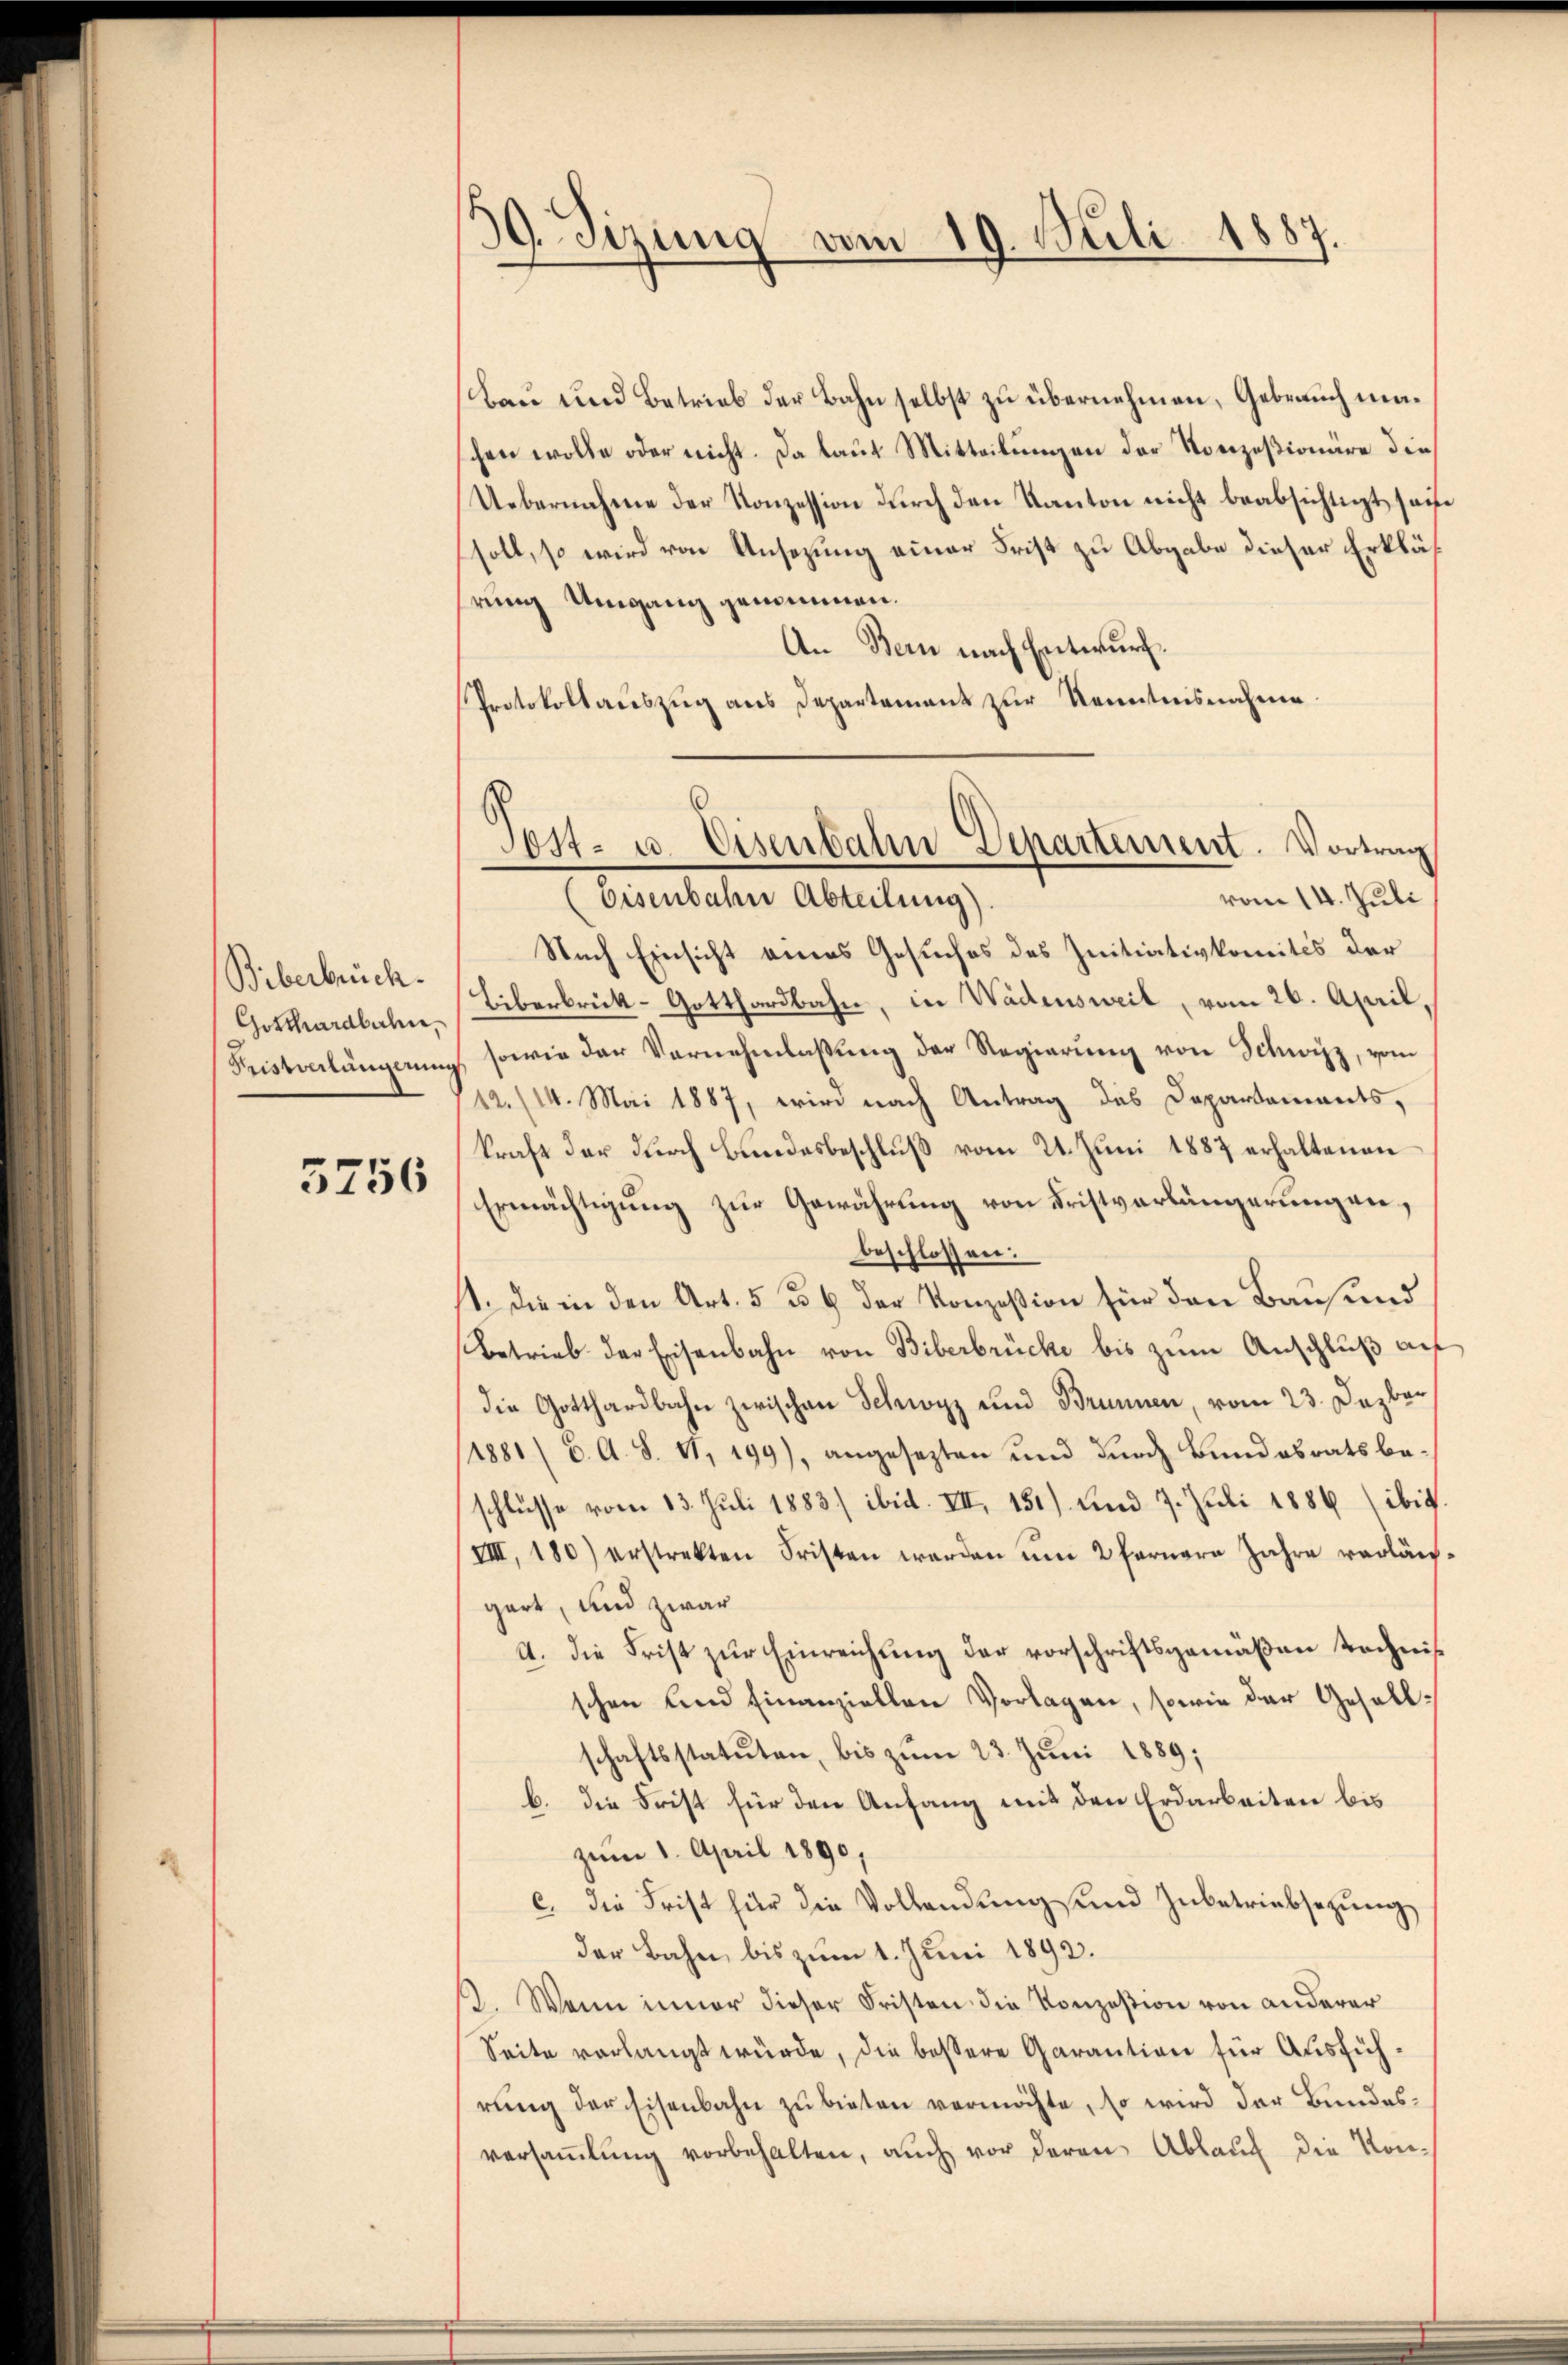
Biberbrück.
Gotthardbahn,
Pristverlängerung

3756

39. Sizung vom 19. Juli 1887.

Bau und Betrieb der Bahn selbst zu übernehmen, Gebrauch maschen wolle oder nicht. Da laut Mitteilungen der Konzesionäre die
Uebernahme der Konzession durch den Kanton nicht beabsichtigt sei
soll, so wird von Ansezung einer Frist zu Abgabe dieser Erklärung Umgang genommen.
An Bern nach Entwurf.
Protokollauszug aus Departement zur Kenntnisnahme
Nach Einsicht eines Gesuches des Initiativkomités der
Liberbrück-Gotthardbahn, in Wädensweil, vom 26. April,
sowie der Vernehmlassŭng der Regierung von Schwizz, vom
112. (14. Mai 1887, wird nach Antrag des Departements,
kraft der durch Bundesbeschluß vom 21. Juni 1887 erhaltenen
Ermächtigung zur Gewährung von Fristverlängerungen,
beschlossen:
1. die in den Art. 5 § 6 der Konzession für den Bausund
Betrieb der Eisenbahn von Biberbrücke bis zum Anschluß auf
die Gotthardbahn zwischen Schwyz und Brunnen, vom 23. Dezber
1881/ 6. A. S. 11, 199), angesezten und durch Bundesrats beschlüsse vom 13. Juli 1883/ ibril. VII, 151) und 7. Juli 1886 (ibig
VIII. 180) erstrekten Fristen werden um 2 fernere Jahre verlän
gart, und zwar
A. Die Frist zur Einreichung der vorschriftsgemäßen technis
schen und finanziellen Vorlagen, sowie der Gesellschaftsstatuten, bis zum 23. Juni 1889;
b. die Frist für den Anfang mit den Erdarbeiten bis
zum 1. April 1890,
c. die Frist für die Vollendung und Zubetriebsezung
der Bahn, bis zum 1. Juni 1892.
13. Wenn inner dieser Fristen die Konzesion von anderer
Seite vorlangt würde, die bessere Garantion für Ausführung der Eisenbahn zu bieten vermöchte, so wird der Bundesversaṁlŭng vorbehalten, auch vor deren Ablauch die Kon¬

6
Post- u. Eisenbahn Departement. Vortrag
vom 14. Juli
Eisenbahn Abteilung).